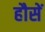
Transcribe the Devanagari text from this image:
हौसें